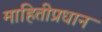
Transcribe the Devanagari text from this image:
माहितीप्रधान